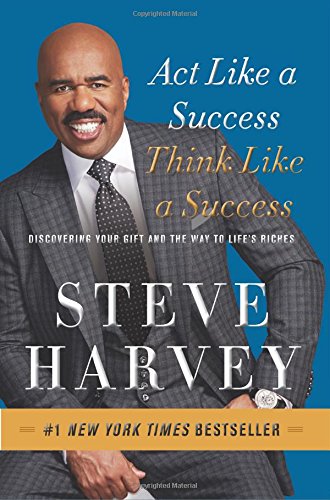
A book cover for Act Like a Success, Think Like a Success: Discovering Your Gift and the Way to Life's Riches; Steve Harvey; Self-Help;